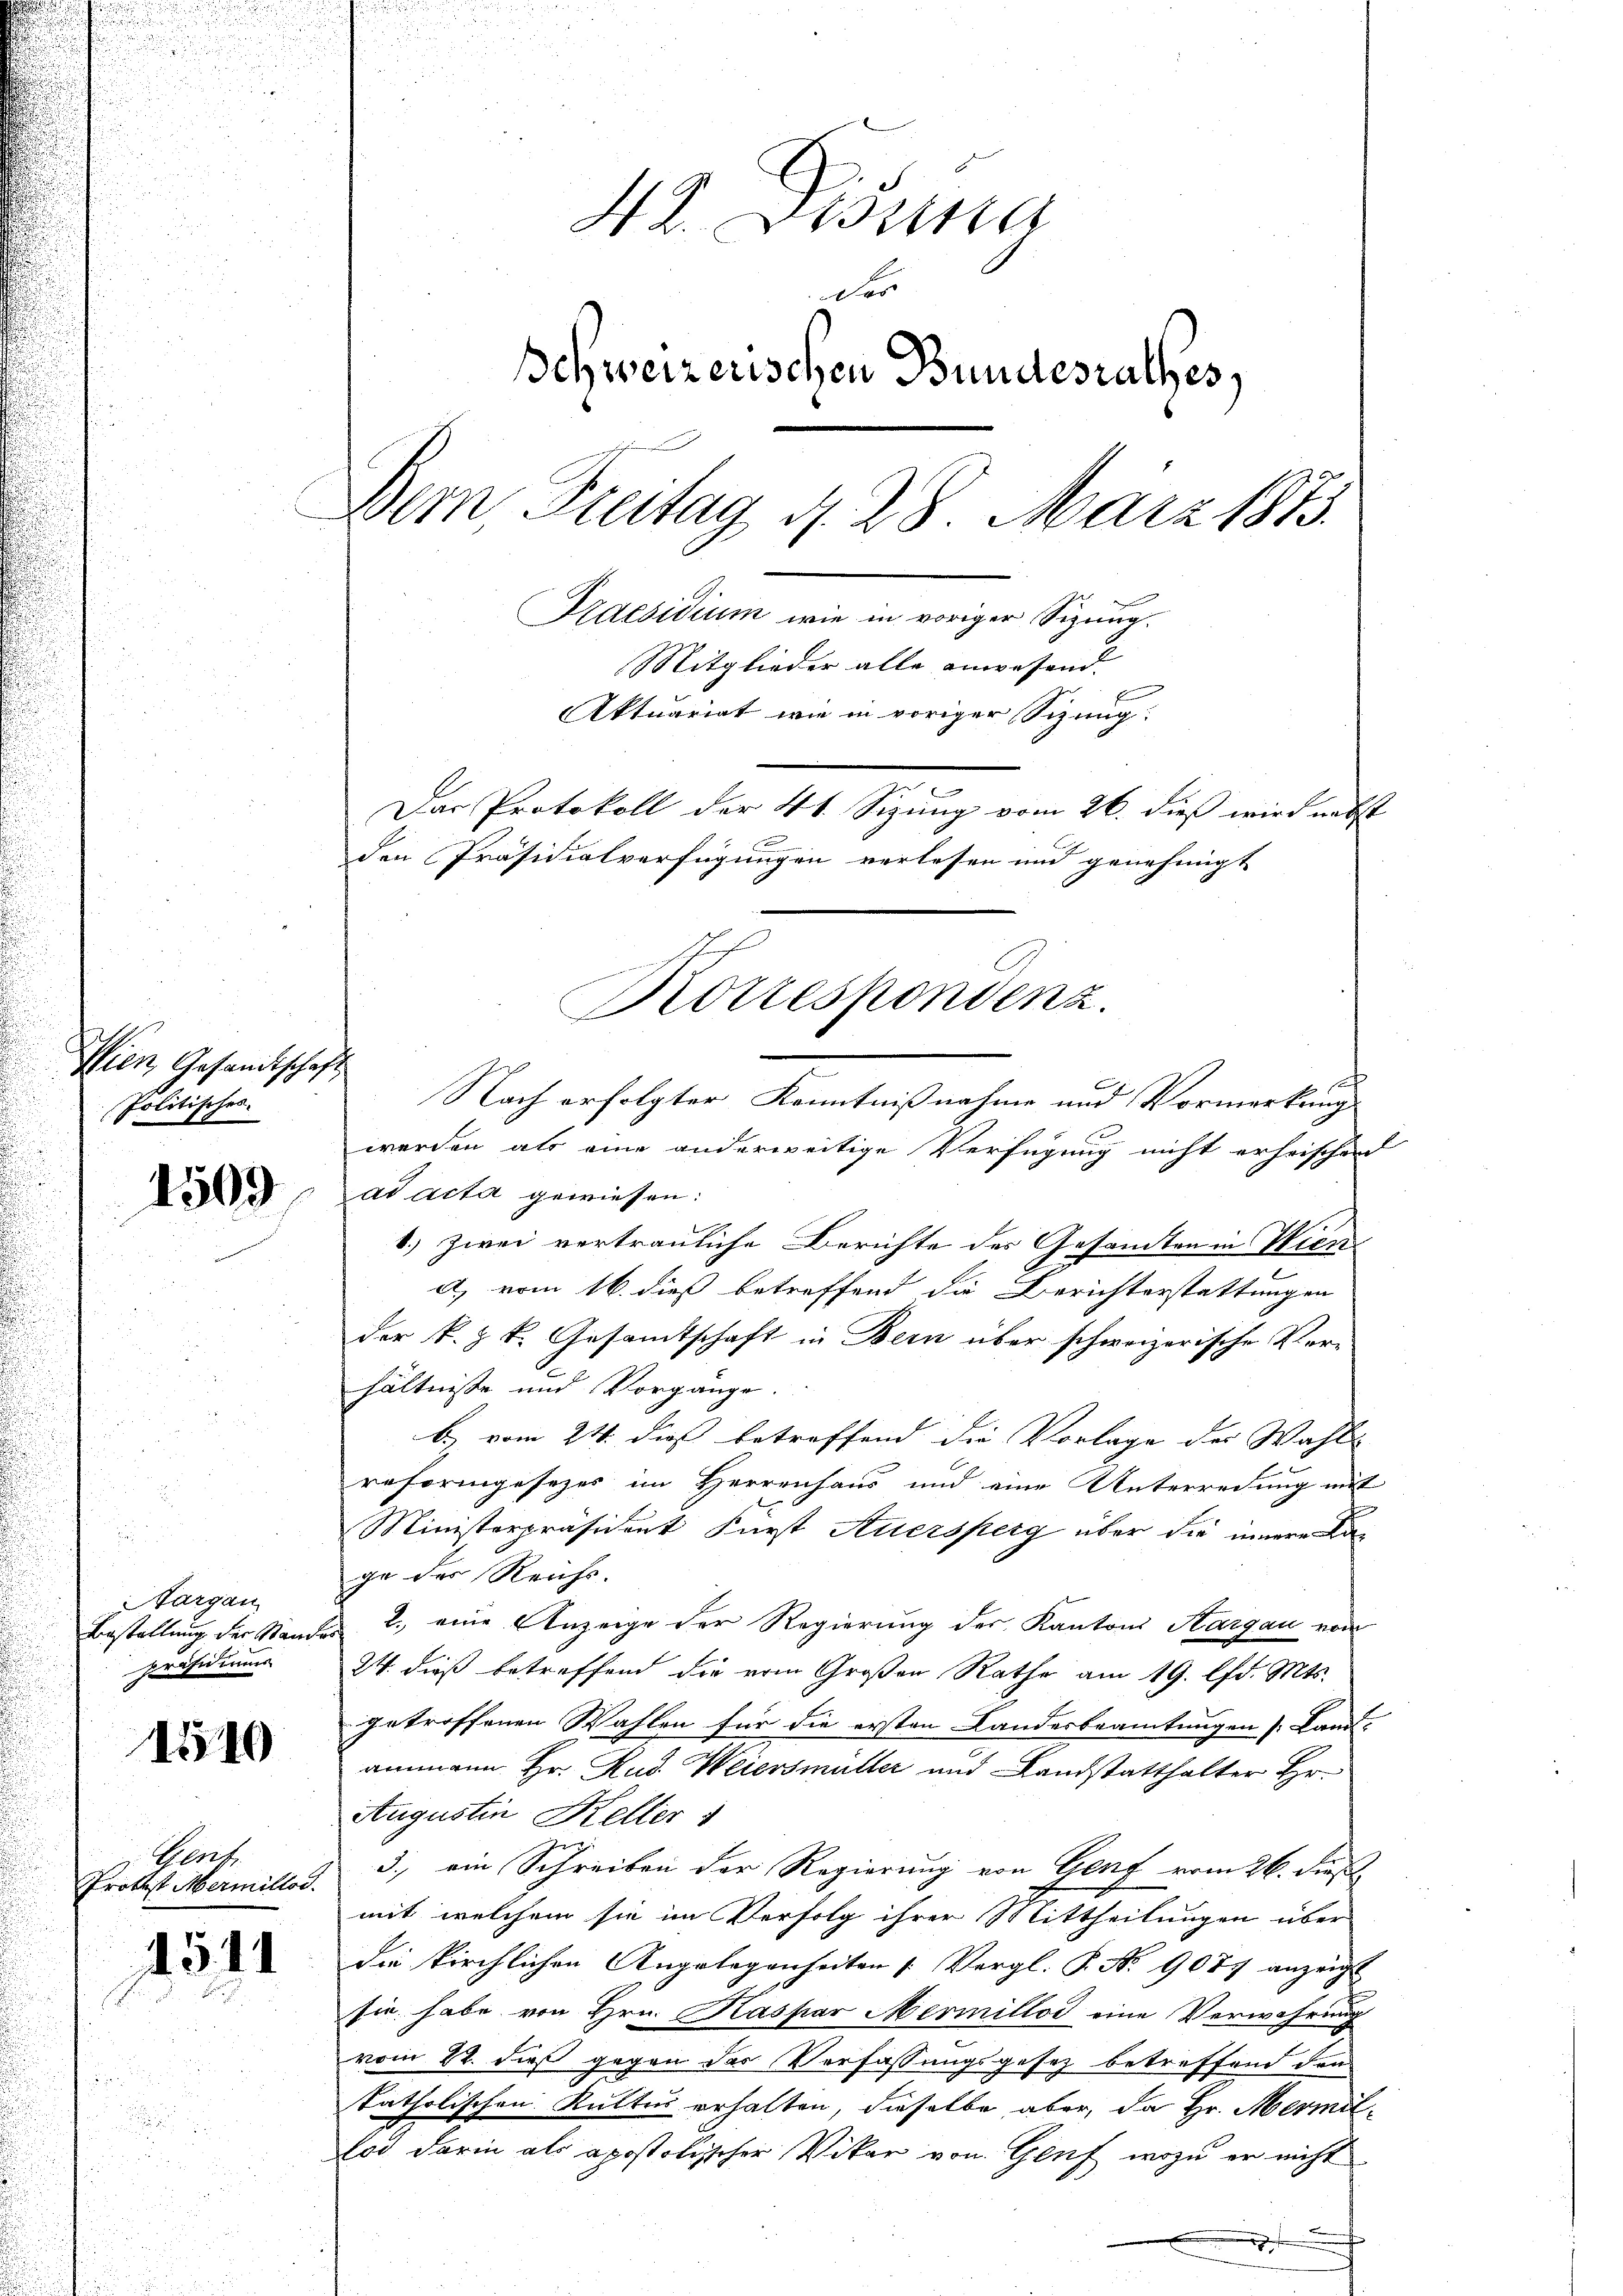
Wien Gesandtschaft
Politisches.

1509

Nargau
Bestellung der Stand.
präsidiums

1510

Gent.
rotest Mermillos.

1511

42. Disena
des
Ichweizerischen Bundesrathes
Dein Freitag d. 28. März 1873.
Praesidium wie in voriger Sizung.
Mitglieder alle anwesend
Aktuariat wie in voriger Sizung:
Das Protokoll der 41. Sizung vom 26. dieß wird nebst
den Präsidialverfügungen verlesen und genehmigt

a
Nach erfolgter Kenntnißnahme und Vormerkung
werden als eine anderweitige Verfügung nicht erheischen
ad acta gewiesen:
6.) Zwei vertrauliche Berichte des Gesandten in Wien
a) vom 16. dieß betreffend die Berichterstattungen
der k. k. Gesamtschaft in Bern über schweizerische Verhältnisse und Vorgange.
b) vom 24. dieß betreffend die Vorlage der Wahls
reformgesezes im Herrenhaus und eine Unterredung mit
Ministerpräsident Fürst Auersperg über die innere Ka
ge der Reichs.
 2., eine Anzeige der Regierung des Kantons Aargau von
24. dieß betreffend die vom Großen Rathe am 19. lfd. Mts.
getroffenen Wahlen für die ersten Landesbeamtungen Landammann Hr. Rud. Weiersmüller und Landstatthalter Hr.
Augustin Keller
3., ein Schreiben der Regierung von Genf vom 26. dies
mit, welchem sie im Verfolg ihrer Mittheilungen über
die kirchlichen Angelegenheiten [Vergl. P. No 9077 anzeicht
sie habe von Hrn. Kaspar Mermillos eine Verwahrung
vom 22. dieß gegen des Verfassungsgesetz betreffend den
katholischen Kultus erhalten, dieselbe aber, da Hr. Mermittod darin als apostolischer Vikar von Genf, wozu er nicht

Kotrespondenz.